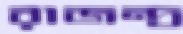
রাজন্দ্র